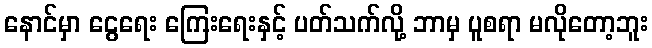
နောင်မှာ ငွေရေး ကြေးရေးနှင့် ပတ်သက်လို့ ဘာမှ ပူစရာ မလိုတော့ဘူး